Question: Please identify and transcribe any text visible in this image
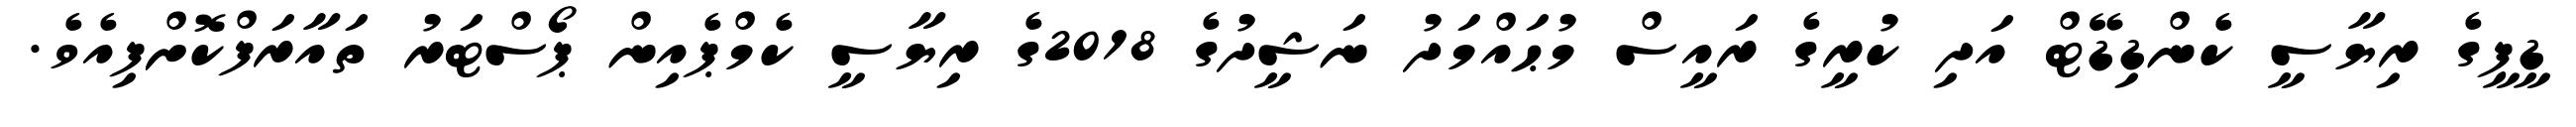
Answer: ޑީޕީގެ ރިޔާސީ ކެންޑިޑޭޓް އަދި ކުރީގެ ރައީސް މުޙައްމަދު ނަޝީދުގެ 2018ގެ ރިޔާސީ ކެމްޕެއިން ޕޯސްޓަރު ތައާރަފްކޮށްފިއެވެ.